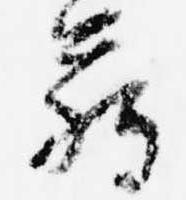
臈